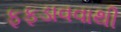
ફફડાવવાથી